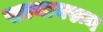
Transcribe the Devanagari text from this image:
सल्यावरून